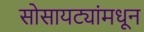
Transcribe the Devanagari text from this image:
सोसायट्यांमधून